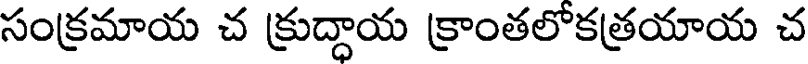
సంక్రమాయ చ క్రుద్దాయ క్రాంతలోకత్రయాయ చ